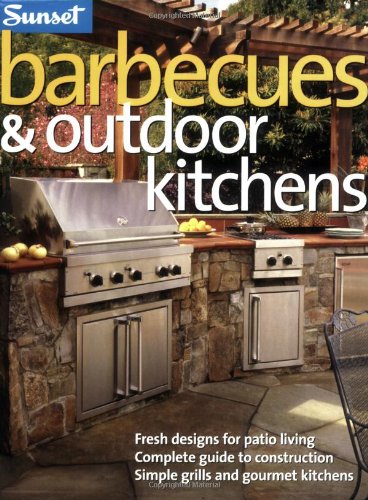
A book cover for Barbecues & Outdoor Kitchens: Fresh Design for Patio Living, Complete Guide to Construction, Simple Grills and Gourmet Kitchens; Editors of Sunset Books; Crafts, Hobbies & Home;